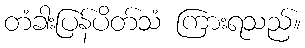
တံခါးပြန်ပိတ်သံ ကြားရသည်။